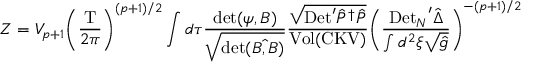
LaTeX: Z = { V _ { p + 1 } } { { \left( { \frac { \mathrm { T } } { 2 \pi } } \right) } ^ { ( p + 1 ) / 2 } } \int d \tau { \frac { \mathrm { d e t } ( \psi , B ) } { \sqrt { \mathrm { d e t } \hat { ( B , B ) } } } } { \frac { \sqrt { \mathrm { D e t } ^ { \prime } { \hat { P } ^ { \dagger } } \hat { P } } } { \mathrm { V o l } ( \mathrm { C K V } ) } } { { \left( { \frac { { \mathrm { D e t } _ { N } } ^ { \prime } \hat { \Delta } } { \int { d ^ { 2 } } \xi \sqrt { \hat { g } } } } \right) } ^ { - ( p + 1 ) / 2 } }